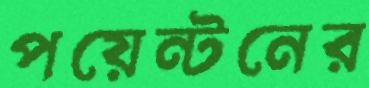
পয়েন্টনের